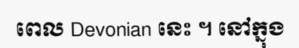
ពេល Devonian នេះ ។ នៅក្នុង